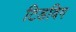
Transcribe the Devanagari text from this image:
टिडविग